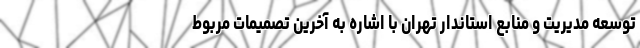
توسعه مدیریت و منابع استاندار تهران با اشاره به آخرین تصمیمات مربوط